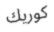
كوريك